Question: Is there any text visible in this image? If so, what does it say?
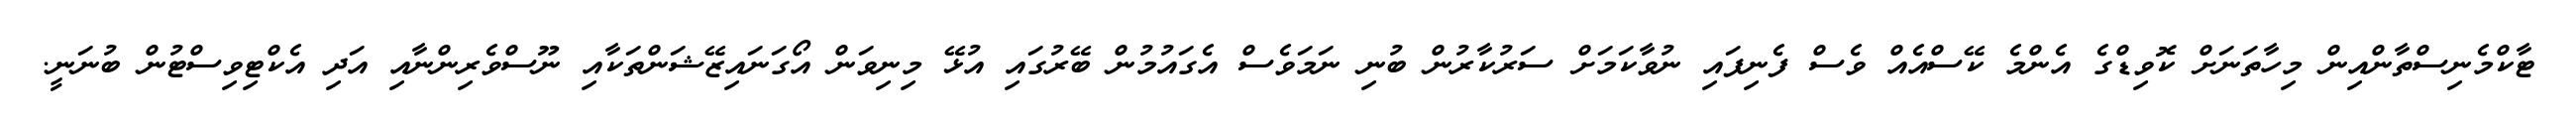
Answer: ޓާކްމެނިސްތާންއިން މިހާތަނަށް ކޮވިޑްގެ އެންމެ ކޭސްއެއް ވެސް ފެނިފައި ނުވާކަމަށް ސަރުކާރުން ބުނި ނަމަވެސް އެގައުމުން ބޭރުގައި އުޅޭ މިނިވަން އޯގަނައިޒޭޝަންތަކާއި ނޫސްވެރިންނާއި އަދި އެކްޓިވިސްޓުން ބުނަނީ.